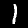
Label: 1